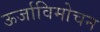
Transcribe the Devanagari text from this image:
ऊर्जाविमोचन